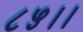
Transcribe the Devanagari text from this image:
८५।।